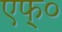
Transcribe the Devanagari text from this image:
एफ्‌०